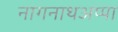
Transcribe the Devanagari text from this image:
नागनाथअप्पा